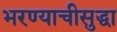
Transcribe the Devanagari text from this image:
भरण्याचीसुद्धा